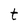
Character: t